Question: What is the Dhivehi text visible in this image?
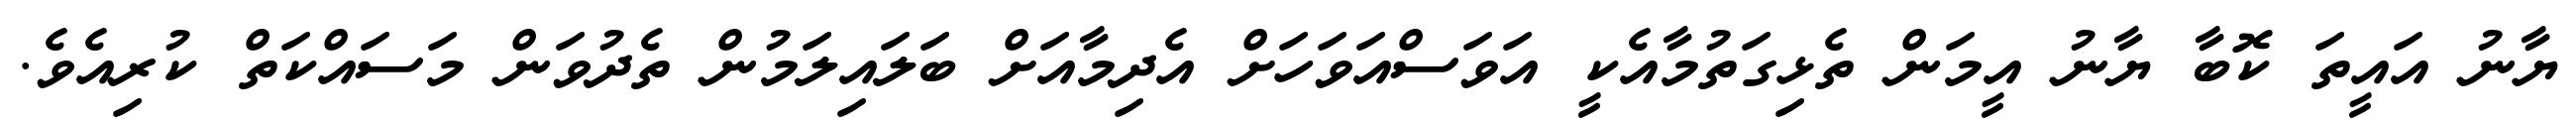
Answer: ޔާނު އައީތަ ކޮބާ ޔާނު އީމަން ތެޅިގަތުމާއެކީ އަވަސްއަވަހަށް އެދިމާއަށް ބަލައިލަމުން ތެދުވަން މަސައްކަތް ކުރިއެވެ.